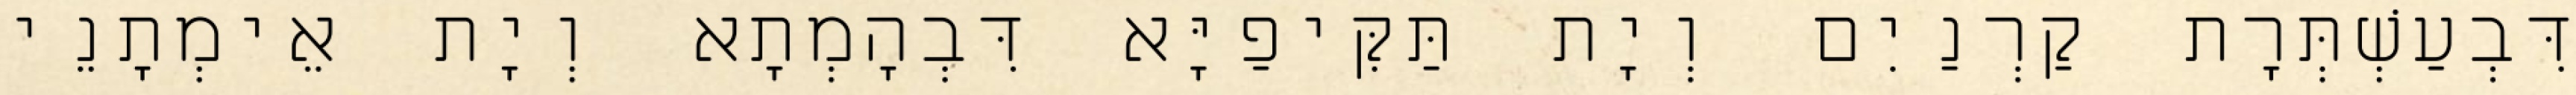
דִּבְעַשְׁתְּרָת קַרְנַיִם וְיָת תַּקִּיפַיָּא דִּבְהָמְתָא וְיָת אֵימְתָנֵי